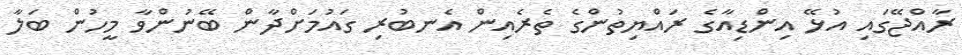
ރާއްޖޭގައި އުޅޭ އިންޑިއާގެ ރައްޔިތުންގެ ތެރެއިން އެނބުރި ގައުމަށްދާން ބޭނުންވާ މީހުން ބަލާ